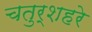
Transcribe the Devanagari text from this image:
चतुर्शहरे